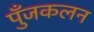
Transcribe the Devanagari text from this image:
पुँजकलन